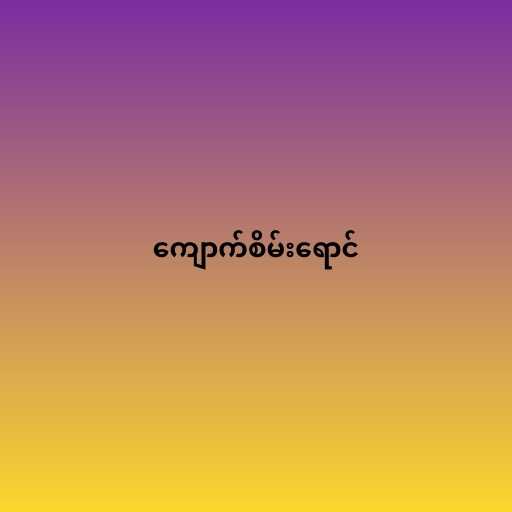
ကျောက်စိမ်းရောင်